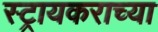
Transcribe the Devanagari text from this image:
स्ट्रायकराच्या